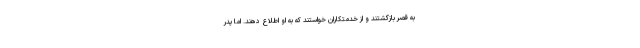
به قصر بازگشتند و از خدمتکاران خواستند که به او اطلاع دهند. اما پدر